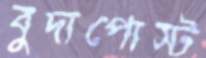
বুদাপোস্ট